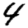
Digit: 4